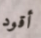
أقود